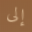
إلى